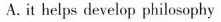
A.it helps develop philosophy